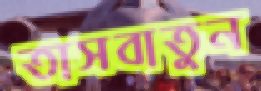
তাসবাতুন